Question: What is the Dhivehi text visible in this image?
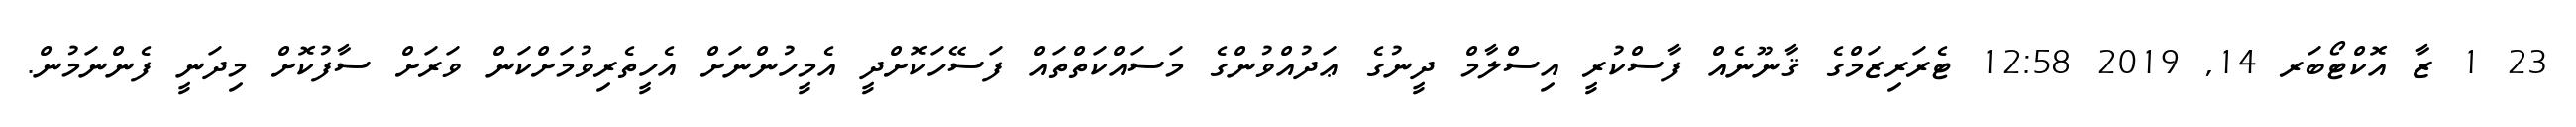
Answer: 23 1 ޒާ އޮކްޓޯބަރ 14, 2019 12:58 ޓެރަރިޒަމްގެ ޤާނޫނެއް ފާސްކުރީ އިސްލާމް ދީނުގެ ޢަދުއްވުންގެ މަސައްކަތްތައް ފަސޭހަކޮށްދީ އެމީހުންނަށް އެހީތެރިވުމަށްކަން ވަރަށް ސާފުކޮށް މިދަނީ ފެންނަމުން.